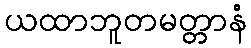
ယထာဘူတမတ္တာနံ